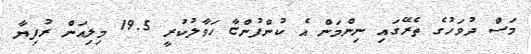
މަސް ދުވަހުގެ ތެރޭގައި ނިންމަން އެ ކުންފުންޏާ ހަވާލުކުރީ 19.5 މިލިއަން ރުފިޔާ